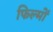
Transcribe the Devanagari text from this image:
फिल्मोंं